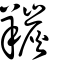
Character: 羰